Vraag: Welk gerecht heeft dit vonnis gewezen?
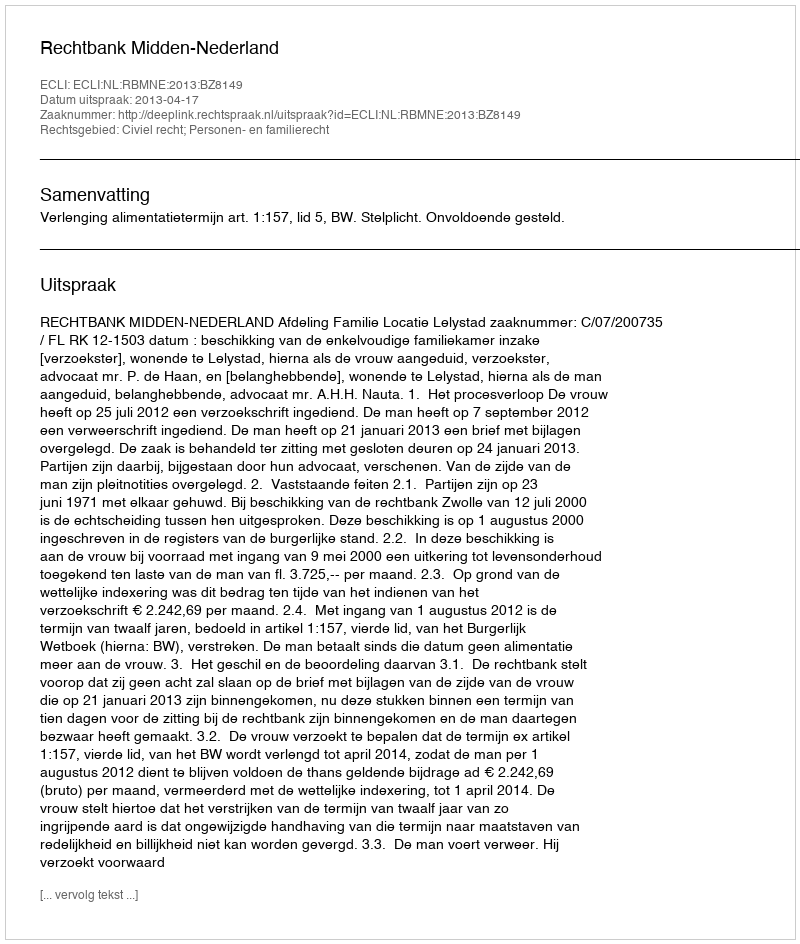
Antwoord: Rechtbank Midden-Nederland